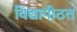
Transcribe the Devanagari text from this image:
विद्यापीठत